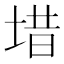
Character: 𪣤